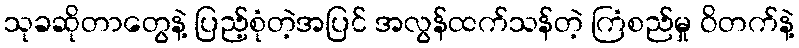
သုခဆိုတာတွေနဲ့ ပြည့်စုံတဲ့အပြင် အလွန်ထက်သန်တဲ့ ကြံစည်မှု ဝိတက်နဲ့